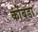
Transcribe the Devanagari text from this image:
कोंंबडा